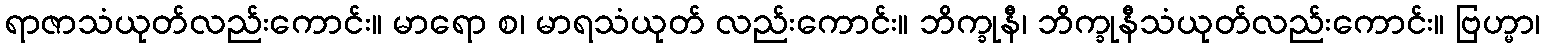
ရာဇာသံယုတ်လည်းကောင်း။ မာရော စ၊ မာရသံယုတ် လည်းကောင်း။ ဘိက္ခုနီ၊ ဘိက္ခုနီသံယုတ်လည်းကောင်း။ ဗြဟ္မာ၊